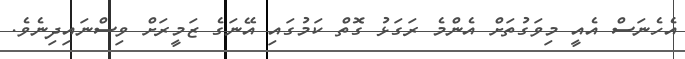
އެހެނަސް އެއީ މިވަގުތަށް އެންމެ ރަގަޅު ގޮތް ކަމުގައި އޭނަގެ ޒަމީރަށް ވިސްނައިދިނެވެ.